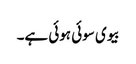
بیوی سوئی ہوئی ہے۔